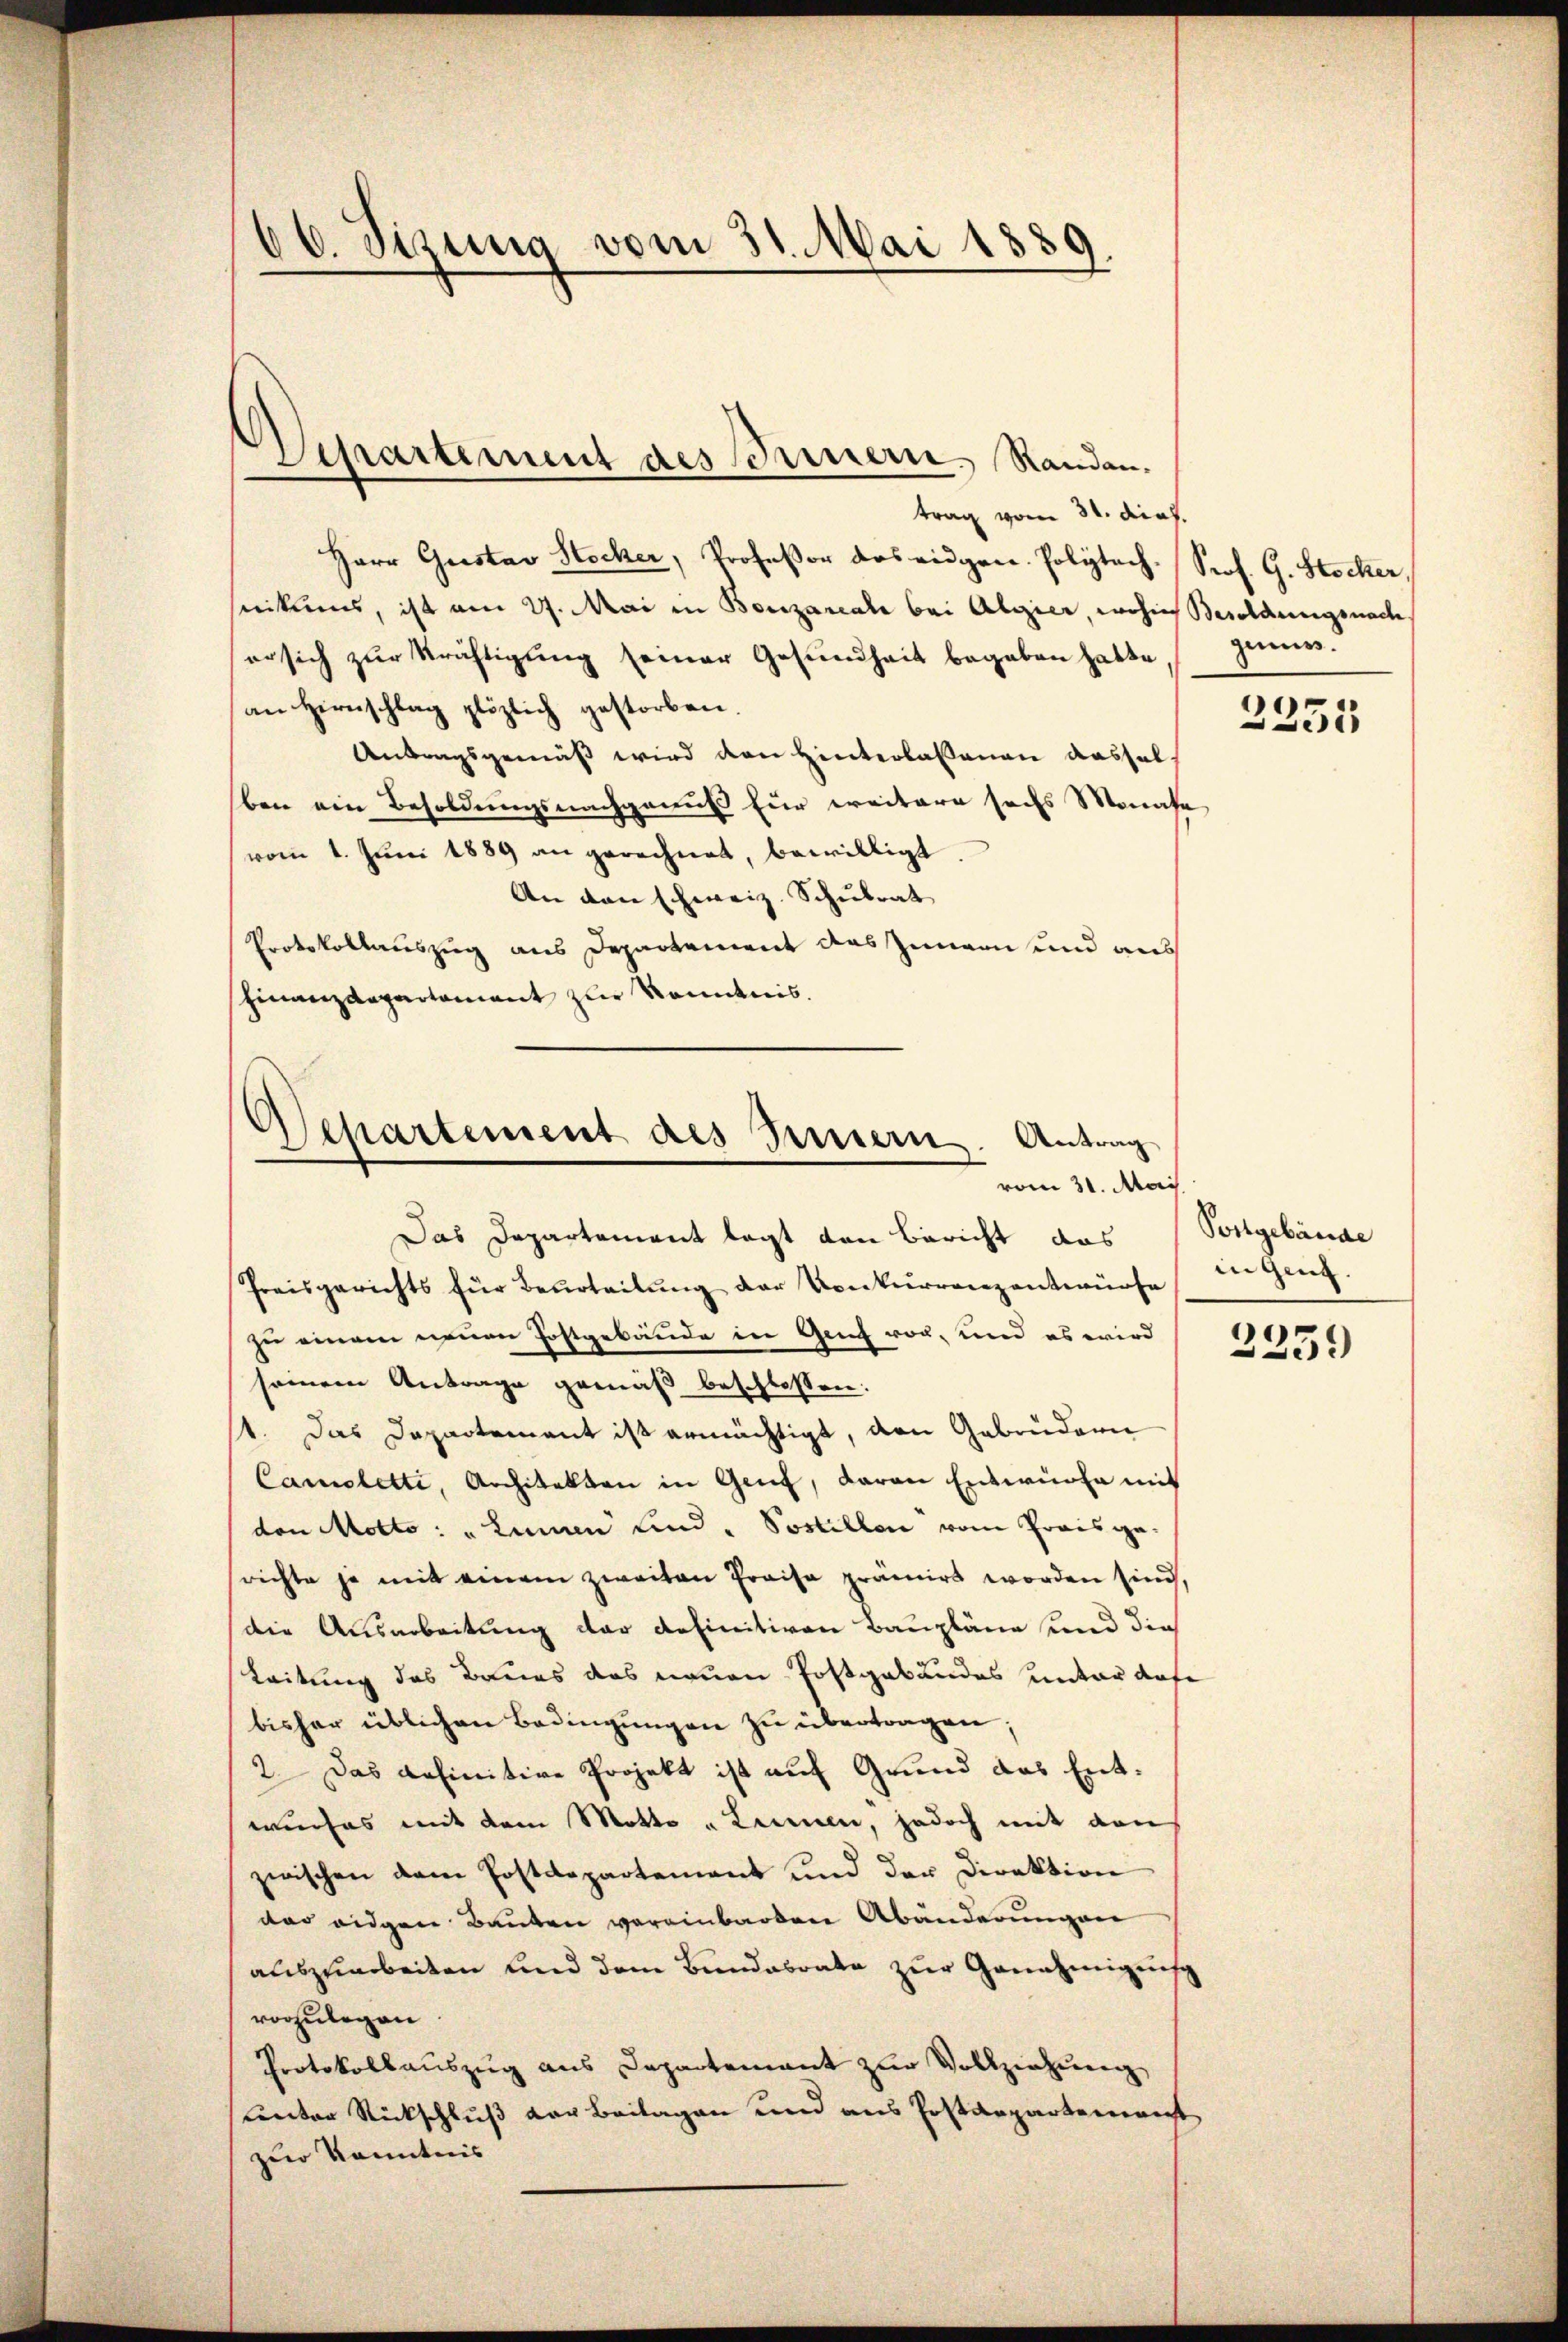
66. Sizung vom 31. Mai 1889.

trag vom 31. dich.
Herr Gustav Stocker, Professor das eidgen. Polytech. Prof. G. Stocker,
nikums, ist am 27. Mai in Bonzareale bei Algier, wohin Besoldungsnach
er sich zur Krichtigung seiner Gesundheit begaben hatte
an Hirnschlag plözlich gestorben.
Antragsgemäß wird den Hinterlassenen ausselben ein Besoldungsnachgenuß für weitere sechs Monate
vom 1. Juni 1889 an gerechnet, bewilligt
An den schweiz. Schulrat
Protokollauszug aus Departement das Innern und aus
hinanzdepartament zur Kenntnis.

Departement des Innern. Randan-

Repartement des Innern. Antrag
vom 31. Mai.

Das Departement legt den Bericht das (Postgebäude
Preisgerichts für Beurteilung der Konkurrenzentwürfe
zu einem neuen Postgebäude in Genf vor, und es wird
seinem Antrage gemäß beschlossen:
1. Das Departement ist ermächtigt, den Gebrüdern
Cameletti, Architelten in Genf, Baron Entwürfe mit
den Motto: "Lanau und " Sostillen vom Preisgerichte ja mit einem zweiten Preise prämiert worden sind,
(die Ausarbeitung der definitiven Baupläne und die
Leitung des Baues das neuen Postgabundes unter dafe
bisher üblichen Bedingŭngen zu übertragen;
2. Das anfinitive Projekt ist auf Grund das Entwieses mit dem Motto „Linnen, jedoch mit den
zwischen dem Postdepartement und der Direktion
das eidgen Bauten vereinbarden Abänderungen
auszuarbeiten und dem Bundesrate zur Genehmigensch
vorzulegen
Protokollauszug aus Departement zur Vollziehung
unter Rückschluß der Beilagen und aus Postdepartement
zur Kenntnis

genuss.

2355

in Genz.

2259